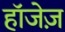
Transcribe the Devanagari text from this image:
हॉजेज़